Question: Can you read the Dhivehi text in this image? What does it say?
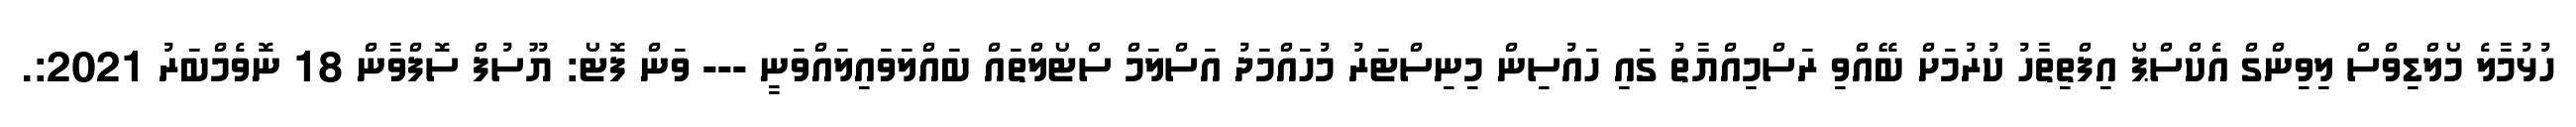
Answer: ހުޅުމާލެ މޯލްޑިވްސް ލިވިންގް އެކްސްޕޯ އިފްތިތާހު ކުރުމަށް ބޭއްވި ރަސްމިއްޔާތު ގައި ހައުސިން މިނިސްޓަރު މުހައްމަދު އަސްލަމް ސްޓޯލްތައް ބައްލަވައިލައްވަނީ --- ވަން ފޮޓޯ: ޔޫސުފް ސޮފްވާން 18 ނޮވެމްބަރު 2021:.